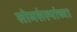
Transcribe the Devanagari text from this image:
सोमसंस्थांच्या